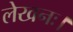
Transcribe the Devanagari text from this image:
लेखनः।